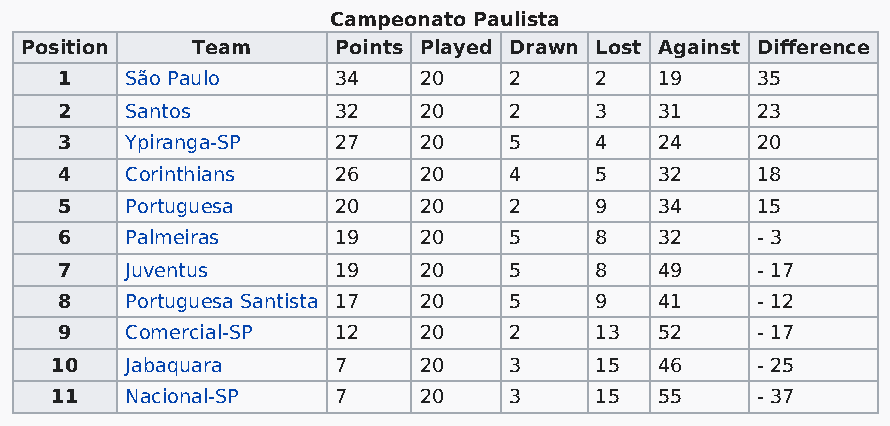
Campeonato Paulista
 Position    Team     Points Played Drawn Lost Against Difference
 1   São Paulo     34    20    2    2    19    35
 2   Santos        32    20    2    3    31    23
 3   Ypiranga-SP   27    20    5    4    24    20
 4   Corinthians   26    20    4    5    32    18
 5   Portuguesa    20    20    2    9    34    15
 6   Palmeiras     19    20    5    8    32    - 3
 7   Juventus      19    20    5    8    49    - 17
 8   Portuguesa Santista 17 20 5    9    41    - 12
 9   Comercial-SP  12    20    2    13   52    - 17
 10   Jabaquara     7     20    3    15   46    - 25
 11   Nacional-SP   7     20    3    15   55    - 37